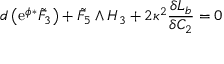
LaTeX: d \left( \mathrm { e } ^ { \phi } { } ^ { * } { \tilde { F } } _ { 3 } \right) + { \tilde { F } } _ { 5 } \wedge H _ { 3 } + 2 \kappa ^ { 2 } \frac { \delta { \cal { L } } _ { b } } { \delta C _ { 2 } } = 0